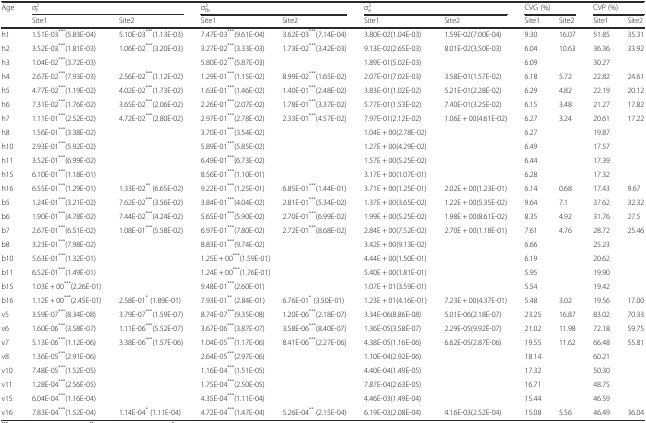
<table><thead><tr><td rowspan="2"><b>Age</b></td><td colspan="2"><b>σ<sub>f</sub><sup>2</sup></b></td><td colspan="2"><b>σ<sub>fb</sub><sup>2</sup></b></td><td colspan="2"><b>σ<sub>e</sub><sup>2</sup></b></td><td colspan="2"><b>CVG (%)</b></td><td colspan="2"><b>CVP (%)</b></td></tr><tr><td><b>Site1</b></td><td><b>Site2</b></td><td><b>Site1</b></td><td><b>Site2</b></td><td><b>Site1</b></td><td><b>Site2</b></td><td><b>Site1</b></td><td><b>Site2</b></td><td><b>Site1</b></td><td><b>Site2</b></td></tr></thead><tbody><tr><td>h1</td><td>1.51E-03<sup>***</sup>(5.83E-04)</td><td>5.10E-03<sup>***</sup>(1.13E-03)</td><td>7.47E-03<sup>***</sup>(9.61E-04)</td><td>3.62E-03<sup>***</sup>(7.14E-04)</td><td>3.80E-02(1.04E-03)</td><td>1.59E-02(7.00E-04)</td><td>9.30</td><td>16.07</td><td>51.85</td><td>35.31</td></tr><tr><td>h2</td><td>3.52E-03<sup>***</sup>(1.81E-03)</td><td>1.06E-02<sup>***</sup>(3.20E-03)</td><td>3.27E-02<sup>***</sup>(3.33E-03)</td><td>1.73E-02<sup>***</sup>(3.42E-03)</td><td>9.13E-02(2.65E-03)</td><td>8.01E-02(3.50E-03)</td><td>6.04</td><td>10.63</td><td>36.36</td><td>33.92</td></tr><tr><td>h3</td><td>1.04E-02<sup>***</sup>(3.72E-03)</td><td></td><td>5.80E-02<sup>***</sup>(5.87E-03)</td><td></td><td>1.89E-01(5.02E-03)</td><td></td><td>6.09</td><td></td><td>30.27</td><td></td></tr><tr><td>h4</td><td>2.67E-02<sup>***</sup>(7.93E-03)</td><td>2.56E-02<sup>***</sup>(1.12E-02)</td><td>1.29E-01<sup>***</sup>(1.15E-02)</td><td>8.99E-02<sup>***</sup>(1.65E-02)</td><td>2.07E-01(7.02E-03)</td><td>3.58E-01(1.57E-02)</td><td>6.18</td><td>5.72</td><td>22.82</td><td>24.61</td></tr><tr><td>h5</td><td>4.77E-02<sup>***</sup>(1.19E-02)</td><td>4.02E-02<sup>***</sup>(1.73E-02)</td><td>1.63E-01<sup>***</sup>(1.46E-02)</td><td>1.40E-01<sup>***</sup>(2.48E-02)</td><td>3.83E-01(1.02E-02)</td><td>5.21E-01(2.28E-02)</td><td>6.29</td><td>4.82</td><td>22.19</td><td>20.12</td></tr><tr><td>h6</td><td>7.31E-02<sup>***</sup>(1.76E-02)</td><td>3.65E-02<sup>***</sup>(2.06E-02)</td><td>2.26E-01<sup>***</sup>(2.07E-02)</td><td>1.78E-01<sup>***</sup>(3.37E-02)</td><td>5.77E-01(1.53E-02)</td><td>7.40E-01(3.25E-02)</td><td>6.15</td><td>3.48</td><td>21.27</td><td>17.82</td></tr><tr><td>h7</td><td>1.11E-01<sup>***</sup>(2.52E-02)</td><td>4.72E-02<sup>***</sup>(2.80E-02)</td><td>2.97E-01<sup>***</sup>(2.78E-02)</td><td>2.33E-01<sup>***</sup>(4.57E-02)</td><td>7.97E-01(2.12E-02)</td><td>1.06E + 00(4.61E-02)</td><td>6.27</td><td>3.24</td><td>20.61</td><td>17.22</td></tr><tr><td>h8</td><td>1.56E-01<sup>***</sup>(3.38E-02)</td><td></td><td>3.70E-01<sup>***</sup>(3.54E-02)</td><td></td><td colspan="2">1.04E + 00(2.78E-02)</td><td>6.27</td><td></td><td>19.87</td><td></td></tr><tr><td>h10</td><td>2.93E-01<sup>***</sup>(5.92E-02)</td><td></td><td>5.89E-01<sup>***</sup>(5.85E-02)</td><td></td><td colspan="2">1.27E + 00(4.29E-02)</td><td>6.49</td><td></td><td>17.57</td><td></td></tr><tr><td>h11</td><td>3.52E-01<sup>***</sup>(6.99E-02)</td><td></td><td>6.49E-01<sup>***</sup>(6.73E-02)</td><td></td><td colspan="2">1.57E + 00(5.25E-02)</td><td>6.44</td><td></td><td>17.39</td><td></td></tr><tr><td>h15</td><td>6.10E-01<sup>***</sup>(1.18E-01)</td><td></td><td>8.56E-01<sup>***</sup>(1.10E-01)</td><td></td><td colspan="2">3.17E + 00(1.07E-01)</td><td>6.28</td><td></td><td>17.32</td><td></td></tr><tr><td>h16</td><td>6.55E-01<sup>***</sup>(1.29E-01)</td><td>1.33E-02<sup>**</sup> (6.65E-02)</td><td>9.22E-01<sup>***</sup>(1.25E-01)</td><td>6.85E-01<sup>***</sup>(1.44E-01)</td><td>3.71E + 00(1.25E-01)</td><td>2.02E + 00(1.23E-01)</td><td>6.14</td><td>0.68</td><td>17.43</td><td>9.67</td></tr><tr><td>b5</td><td>1.24E-01<sup>***</sup>(3.21E-02)</td><td>7.62E-02<sup>***</sup>(3.56E-02)</td><td>3.84E-01<sup>***</sup>(4.04E-02)</td><td>2.81E-01<sup>***</sup>(5.34E-02)</td><td>1.37E + 00(3.65E-02)</td><td>1.22E + 00(5.35E-02)</td><td>9.64</td><td>7.1</td><td>37.62</td><td>32.32</td></tr><tr><td>b6</td><td>1.90E-01<sup>***</sup>(4.78E-02)</td><td>7.44E-02<sup>***</sup>(4.24E-02)</td><td>5.65E-01<sup>***</sup>(5.90E-02)</td><td>2.70E-01<sup>***</sup>(6.99E-02)</td><td>1.99E + 00(5.25E-02)</td><td>1.98E + 00(8.61E-02)</td><td>8.35</td><td>4.92</td><td>31.76</td><td>27.5</td></tr><tr><td>b7</td><td>2.67E-01<sup>***</sup>(6.51E-02)</td><td>1.08E-01<sup>***</sup>(5.58E-02)</td><td>6.97E-01<sup>***</sup>(7.80E-02)</td><td>2.72E-01<sup>***</sup>(8.68E-02)</td><td>2.84E + 00(7.52E-02)</td><td>2.70E + 00(1.18E-01)</td><td>7.61</td><td>4.76</td><td>28.72</td><td>25.46</td></tr><tr><td>b8</td><td>3.23E-01<sup>***</sup>(7.98E-02)</td><td></td><td>8.83E-01<sup>***</sup>(9.74E-02)</td><td></td><td colspan="2">3.42E + 00(9.13E-02)</td><td>6.66</td><td></td><td>25.23</td><td></td></tr><tr><td>b10</td><td>5.63E-01<sup>***</sup>(1.32E-01)</td><td></td><td colspan="2">1.25E + 00<sup>***</sup>(1.59E-01)</td><td colspan="2">4.44E + 00(1.50E-01)</td><td>6.19</td><td></td><td>20.62</td><td></td></tr><tr><td>b11</td><td>6.52E-01<sup>***</sup>(1.49E-01)</td><td></td><td colspan="2">1.24E + 00<sup>***</sup>(1.76E-01)</td><td colspan="2">5.40E + 00(1.81E-01)</td><td>5.95</td><td></td><td>19.90</td><td></td></tr><tr><td>b15</td><td colspan="2">1.03E + 00<sup>***</sup>(2.26E-01)</td><td>9.48E-01<sup>***</sup>(2.60E-01)</td><td></td><td colspan="2">1.07E + 01(3.59E-01)</td><td>5.54</td><td></td><td>19.42</td><td></td></tr><tr><td>b16</td><td>1.12E + 00<sup>***</sup>(2.45E-01)</td><td>2.58E-01<sup>*</sup> (1.89E-01)</td><td>7.93E-01<sup>**</sup> (2.84E-01)</td><td>6.76E-01<sup>*</sup> (3.50E-01)</td><td>1.23E + 01(4.16E-01)</td><td>7.23E + 00(4.37E-01)</td><td>5.48</td><td>3.02</td><td>19.56</td><td>17.00</td></tr><tr><td>v5</td><td>3.59E-07<sup>***</sup>(8.34E-08)</td><td>3.79E-07<sup>***</sup>(1.59E-07)</td><td>8.74E-07<sup>***</sup>(9.35E-08)</td><td>1.20E-06<sup>***</sup>(2.18E-07)</td><td>3.34E-06(8.86E-08)</td><td>5.01E-06(2.18E-07)</td><td>23.25</td><td>16.87</td><td>83.02</td><td>70.33</td></tr><tr><td>v6</td><td>1.60E-06<sup>***</sup>(3.58E-07)</td><td>1.11E-06<sup>***</sup>(5.52E-07)</td><td>3.67E-06<sup>***</sup>(3.87E-07)</td><td>3.58E-06<sup>***</sup>(8.40E-07)</td><td>1.36E-05(3.58E-07)</td><td>2.29E-05(9.92E-07)</td><td>21.02</td><td>11.98</td><td>72.18</td><td>59.75</td></tr><tr><td>v7</td><td>5.13E-06<sup>***</sup>(1.12E-06)</td><td>3.38E-06<sup>***</sup>(1.57E-06)</td><td>1.04E-05<sup>***</sup>(1.17E-06)</td><td>8.41E-06<sup>***</sup>(2.27E-06)</td><td>4.38E-05(1.16E-06)</td><td>6.62E-05(2.87E-06)</td><td>19.55</td><td>11.62</td><td>66.48</td><td>55.81</td></tr><tr><td>v8</td><td>1.36E-05<sup>***</sup>(2.91E-06)</td><td></td><td>2.64E-05<sup>***</sup>(2.97E-06)</td><td></td><td>1.10E-04(2.92E-06)</td><td></td><td>18.14</td><td></td><td>60.21</td><td></td></tr><tr><td>v10</td><td>7.48E-05<sup>***</sup>(1.52E-05)</td><td></td><td>1.16E-04<sup>***</sup>(1.51E-05)</td><td></td><td>4.40E-04(1.49E-05)</td><td></td><td>17.32</td><td></td><td>50.30</td><td></td></tr><tr><td>v11</td><td>1.28E-04<sup>***</sup>(2.56E-05)</td><td></td><td>1.75E-04<sup>***</sup>(2.50E-05)</td><td></td><td>7.87E-04(2.63E-05)</td><td></td><td>16.71</td><td></td><td>48.75</td><td></td></tr><tr><td>v15</td><td>6.04E-04<sup>***</sup>(1.16E-04)</td><td></td><td>4.35E-04<sup>***</sup>(1.11E-04)</td><td></td><td>4.46E-03(1.49E-04)</td><td></td><td>15.44</td><td></td><td>46.59</td><td></td></tr><tr><td>v16</td><td>7.83E-04<sup>***</sup>(1.52E-04)</td><td>1.14E-04<sup>*</sup> (1.11E-04)</td><td>4.72E-04<sup>***</sup>(1.47E-04)</td><td>5.26E-04<sup>**</sup> (2.15E-04)</td><td>6.19E-03(2.08E-04)</td><td>4.16E-03(2.52E-04)</td><td>15.08</td><td>5.56</td><td>46.49</td><td>36.04</td></tr></tbody></table>